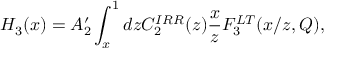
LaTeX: H _ { 3 } ( x ) = A _ { 2 } ^ { \prime } \int _ { x } ^ { 1 } d z C _ { 2 } ^ { I R R } ( z ) \frac { x } { z } F _ { 3 } ^ { L T } ( x / z , Q ) ,